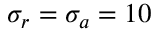
\sigma _ { r } = \sigma _ { a } = 1 0